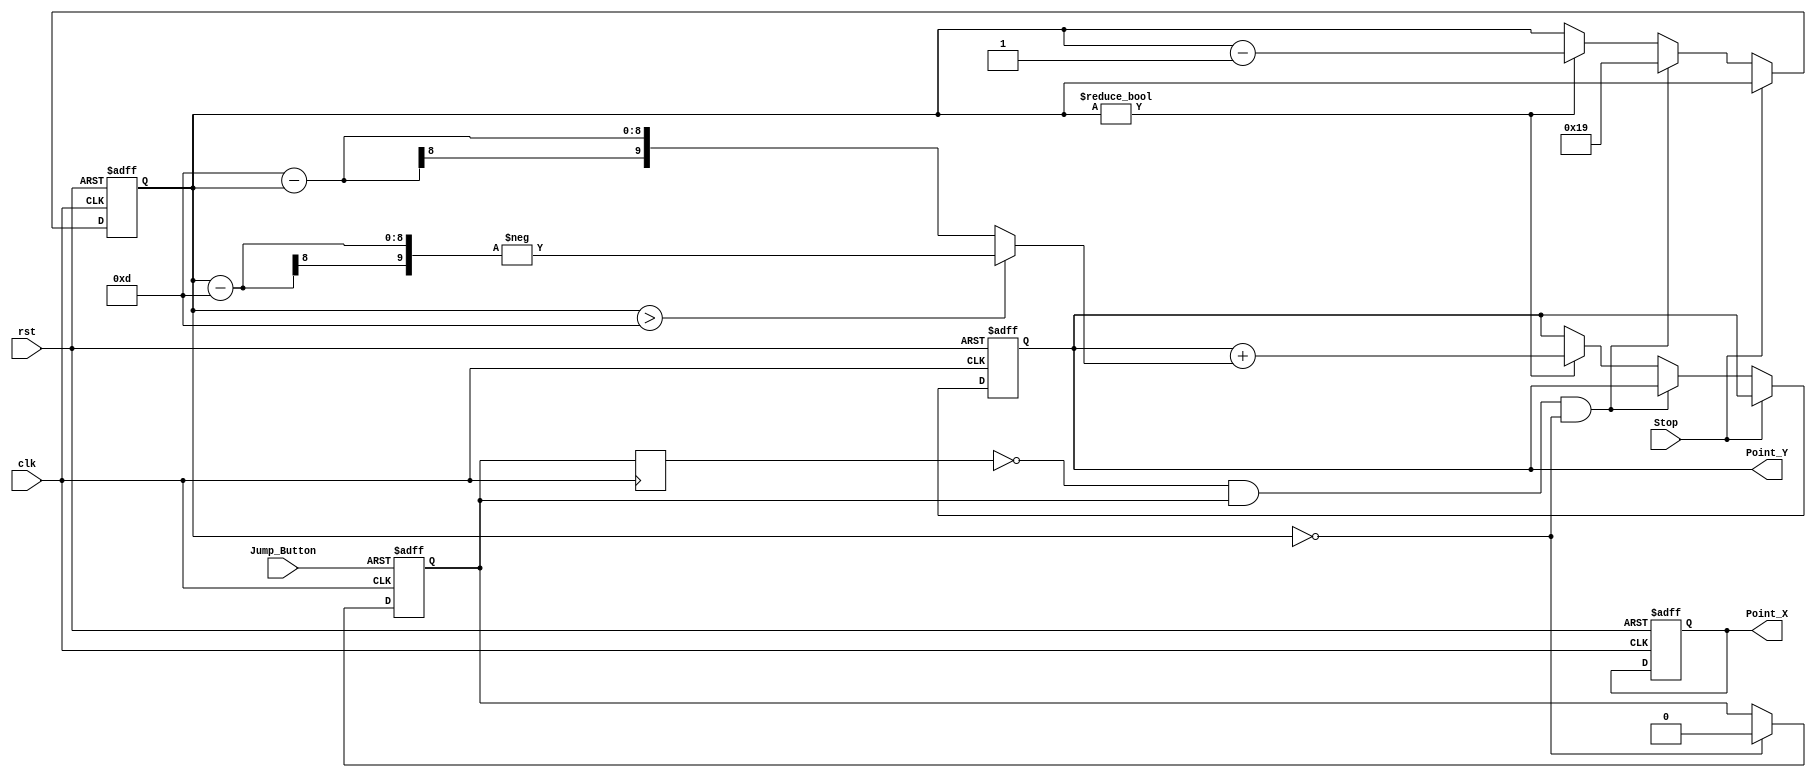
module Roles #(
    parameter Width = 40,
    parameter Height = 43,
    parameter Jump_Height = 13
)(
    input clk,
    input rst,
    input Stop,
    input Jump_Button,
    output reg [9:0] Point_X,
    output reg [9:0] Point_Y
);
    reg [7:0] Move_Y;

    always@(posedge clk, posedge Jump_Button)begin
        if(Jump_Button) isJump <= 1;
        else if(Move_Y == 0 ) isJump <= 0; 
    end

    reg isJump, Pos_isJump;
    always@(posedge clk) Pos_isJump <= isJump;

    always@(posedge clk, negedge rst)begin
        if(!rst) begin
            Point_X <= 10;
            Point_Y <= 400 - Height;
            Move_Y <= 0;
        end else begin
            if(!Stop) begin
                if(Pos_isJump == 0 && isJump == 1 && Move_Y == 0)begin
                    Move_Y <= (Jump_Height << 1)-1;
                end else if(Move_Y != 0) begin
                    Point_Y <= Point_Y + ( Move_Y > Jump_Height ? - (Move_Y - Jump_Height ) :  (Jump_Height -  Move_Y));
                    Move_Y  <= Move_Y - 1;
                end
            end
        end
    end

endmodule